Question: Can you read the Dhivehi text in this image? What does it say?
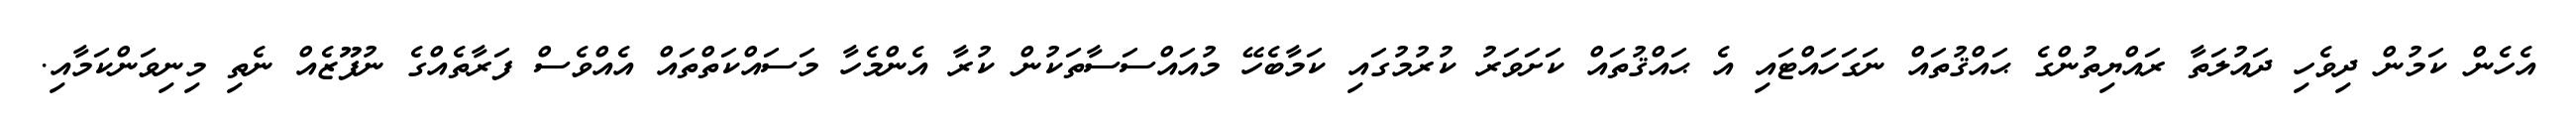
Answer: އެހެން ކަމުން ދިވެހި ދައުލަތާ ރައްޔިތުންގެ ޙައްޤުތައް ނަގަހައްޓައި އެ ޙައްޤުތައް ކަށަވަރު ކުރުމުގައި ކަމާބެހޭ މުއައްސަސާތަކުން ކުރާ އެންމެހާ މަސައްކަތްތައް އެއްވެސް ފަރާތެއްގެ ނުފޫޒެއް ނެތި މިނިވަންކަމާއި.